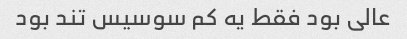
عالی بود فقط یه کم سوسیس تند بود